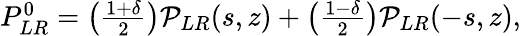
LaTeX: \begin{array}{r}{P_{LR}^{0}=\left(\frac{1+\delta}{2}\right){\cal P}_{LR}(s,z)+\left(\frac{1-\delta}{2}\right){\cal P}_{LR}(-s,z),}\end{array}